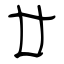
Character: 廿